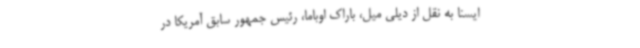
ایسنا به نقل از دیلی میل، باراک اوباما، رئیس جمهور سابق آمریکا در